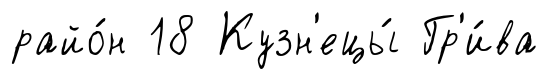
райо́н 18 Кузн'ецы́ Гр'и́ва